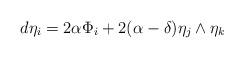
LaTeX: \begin{align*}d\eta_i=2\alpha\Phi_i+2(\alpha-\delta)\eta_j\wedge\eta_k\end{align*}